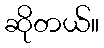
ဆိုတယ်။